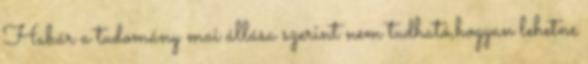
Habár a tudomány mai állása szerint nem tudható,hogyan lehetne